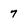
Character: 7